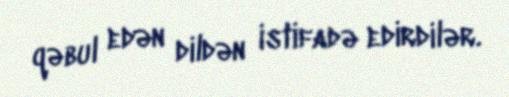
qəbul edən dildən istifadə edirdilər.